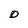
Character: D